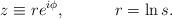
LaTeX: \begin{align*}z \equiv re^{i\phi}, \hspace{0.5in} r = \ln s.\end{align*}